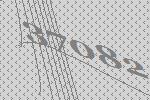
37082